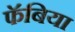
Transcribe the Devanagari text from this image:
फॅबिया